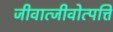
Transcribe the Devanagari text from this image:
जीवात्जीवोत्पत्ति